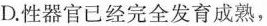
D.性器官已经完全发育成熟，